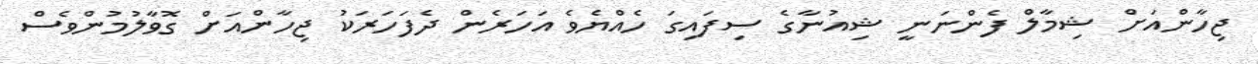
ޖިހާންއަށް ޝިމާލް ފެންނަނީ ޝިއުނާގެ ސިފައިގަ ހެއްޔެވެ އަހަރެން ދެފަހަރަކު ޖިހާންއަށް ގޮވާލުމުންވެސް